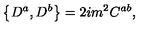
\left\{ D ^ { a } , D ^ { b } \right\} = 2 i m ^ { 2 } C ^ { a b } ,